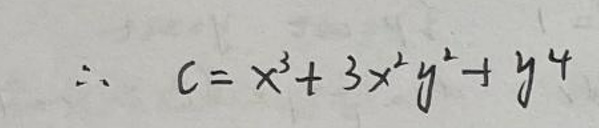
\[
\therefore c = x^{3}+3x^{2}y^{2}+y^{4}
\]